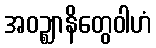
အဝဉ္ဈာနိတွေဝါဟံ